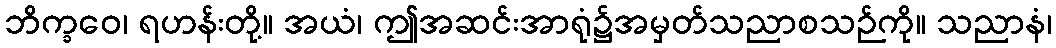
ဘိက္ခဝေ၊ ရဟန်းတို့။ အယံ၊ ဤအဆင်းအာရုံ၌အမှတ်သညာစသဉ်ကို။ သညာနံ၊